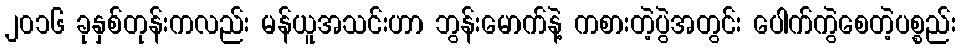
၂၀၁၆ ခုနှစ်တုန်းကလည်း မန်ယူအသင်းဟာ ဘွန်းမောက်နဲ့ ကစားတဲ့ပွဲအတွင်း ပေါက်ကွဲစေတဲ့ပစ္စည်း